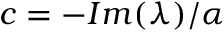
c = - I m ( \lambda ) / \alpha